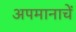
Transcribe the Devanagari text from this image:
अपमानाचें